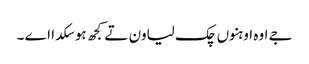
جے اوہ اوہنوں چک لیاون تے کجھ ہو سکدا اے ۔